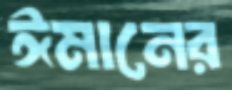
ঈমানের